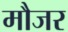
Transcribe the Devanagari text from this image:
मौजर